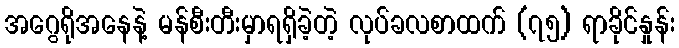
အဂွေရိုအနေနဲ့ မန်စီးတီးမှာရရှိခဲ့တဲ့ လုပ်ခလစာထက် (၇၅) ရာခိုင်နှုန်း